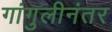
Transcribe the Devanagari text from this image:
गांगुलीनंतर